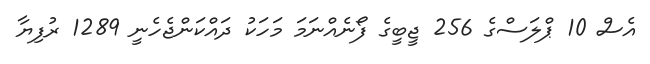
އެސް 10 ޕްލަސްގެ 256 ޖީބީގެ ފޯނެއްނަމަ މަހަކު ދައްކަންޖެހެނީ 1289 ރުފިޔާ